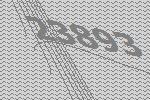
23893